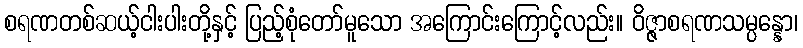
စရဏတစ်ဆယ့်ငါးပါးတို့နှင့် ပြည့်စုံတော်မူသော အကြောင်းကြောင့်လည်း။ ဝိဇ္ဇာစရဏသမ္ပန္နော၊